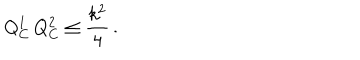
Q _ { C } ^ { 1 } \, Q _ { C } ^ { 2 } \leq { \frac { k ^ { 2 } } { 4 } } \, .